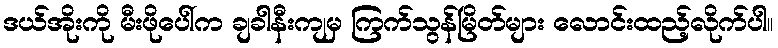
ဒယ်အိုးကို မီးဖိုပေါ်က ချခါနီးကျမှ ကြက်သွန်မြိတ်များ လောင်းထည့်လိုက်ပါ။